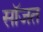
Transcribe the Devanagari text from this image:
सॉजत